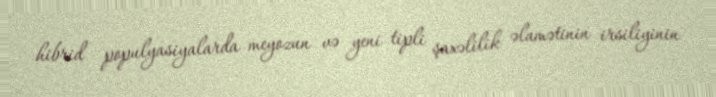
hibrid populyasiyalarda meyozun və yeni tipli şaxəlilik əlamətinin irsiliyinin